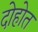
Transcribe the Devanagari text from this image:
दोहोत